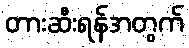
တားဆီးရန်အတွက်